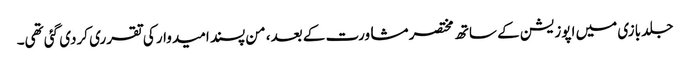
جلد بازی میں اپوزیشن کے ساتھ مختصر مشاورت کے بعد، من پسند امیدوار کی تقرری کردی گئی تھی۔